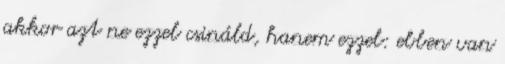
akkor azt ne ezzel csináld, hanem ezzel: ebben van